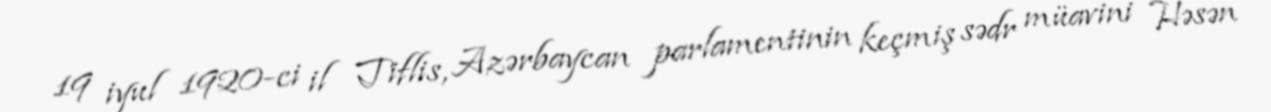
19 iyul 1920-ci il Tiflis, Azərbaycan parlamentinin keçmiş sədr müavini Həsən